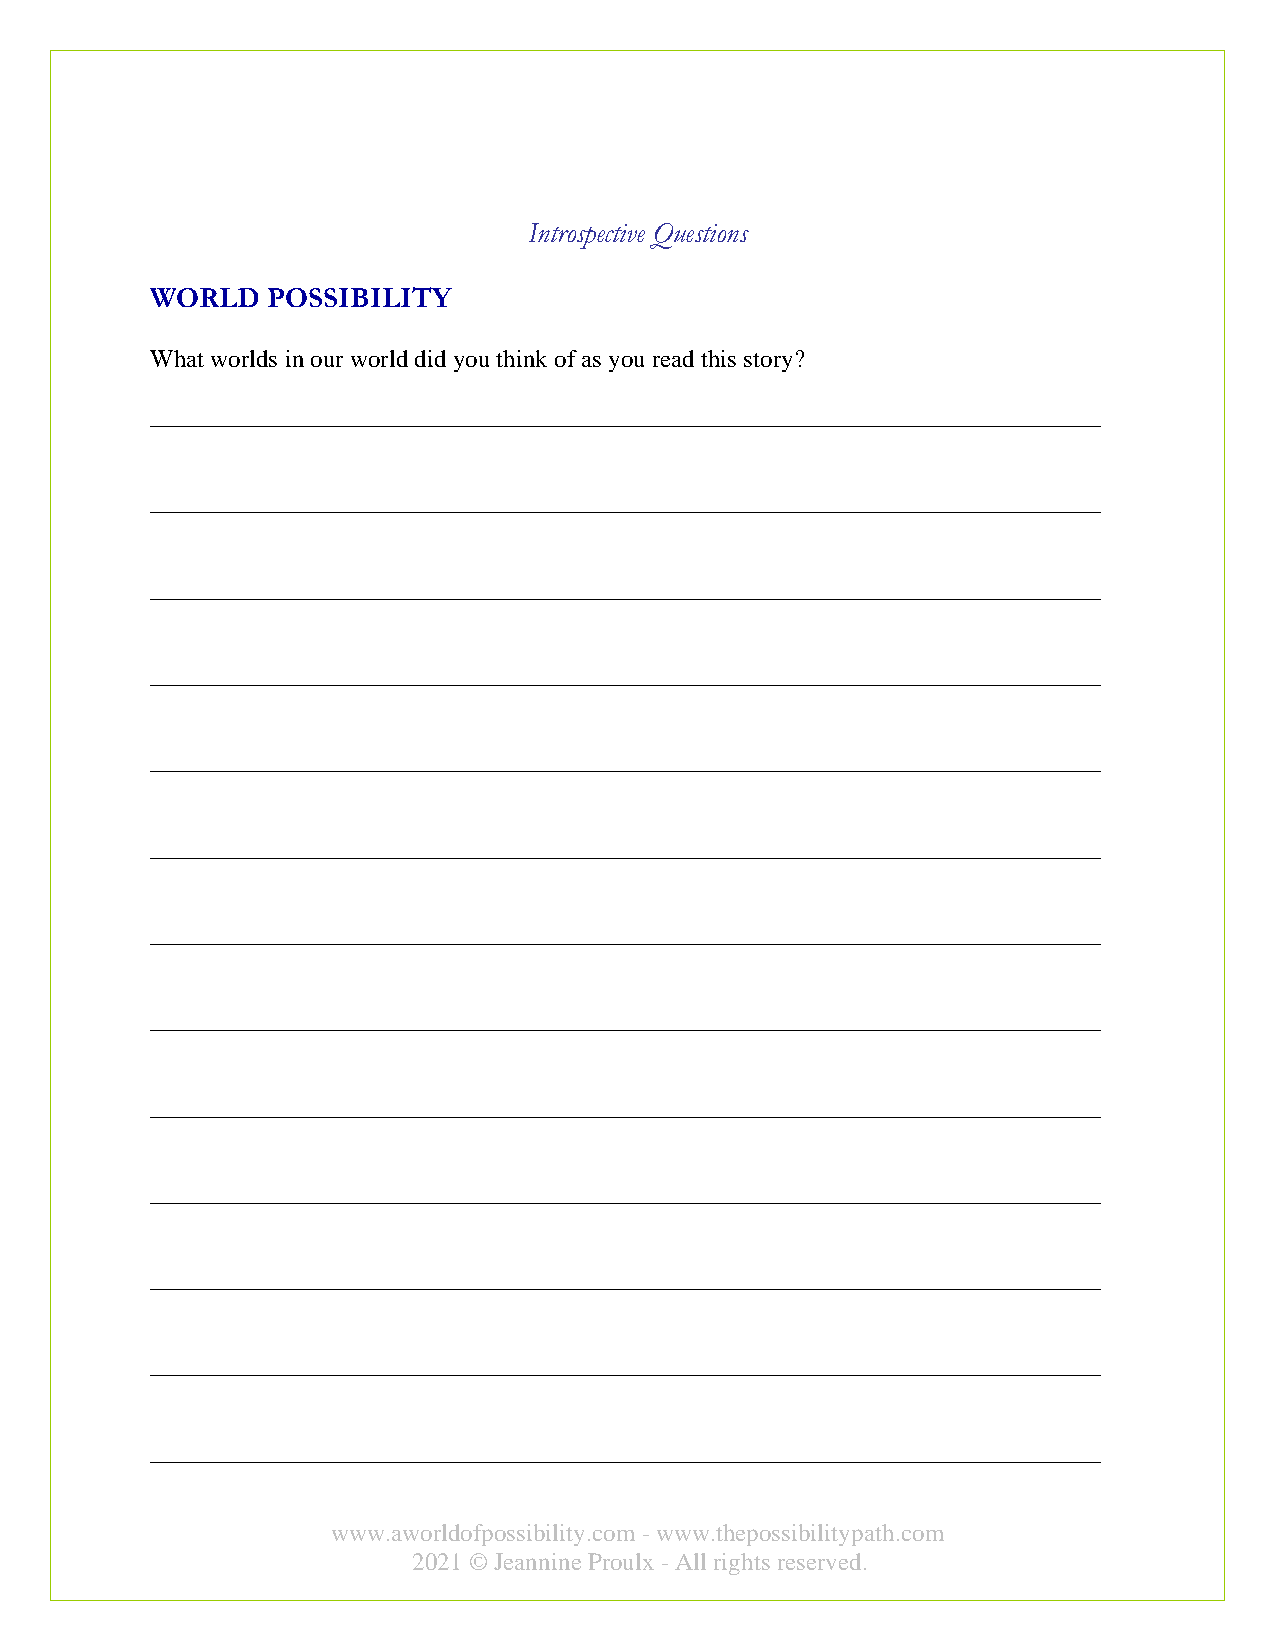
Introspective Questions
 WORLD   POSSIBILITY
 What worlds in our world did you think of as you read this story?
 ____________________________________________________________________________
 ____________________________________________________________________________
 ____________________________________________________________________________
 ____________________________________________________________________________
 ____________________________________________________________________________
 ____________________________________________________________________________
 ____________________________________________________________________________
 ____________________________________________________________________________
 ____________________________________________________________________________
 ____________________________________________________________________________
 ____________________________________________________________________________
 ____________________________________________________________________________
 ____________________________________________________________________________
 www.aworldofpossibility.com - www.thepossibilitypath.com
 2021 © Jeannine Proulx - All rights reserved.